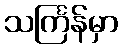
သင်္ကြန်မှာ